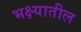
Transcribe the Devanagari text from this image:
भक्ष्यातील